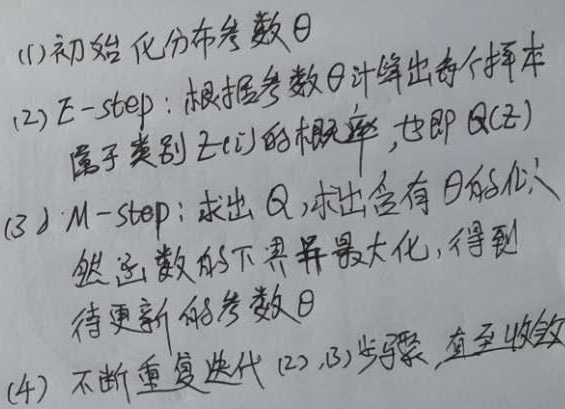
(1) 初始化分布参数\(\theta\)
(2) \(E - \text{step}\)：根据参数\(\theta\)计算出每个样本属于类别\(z(i)\)的概率，也即\(Q(z)\)
(3) \(M - \text{step}\)：求出\(Q\)，求出含有\(\theta\)的似然函数的下界并最大化，得到待更新的参数\(\theta\)
(4) 不断重复迭代(2),(3)步骤，直至收敛